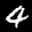
Label: 4